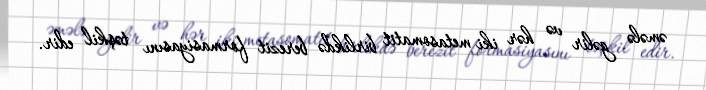
əmələ gəlir və hər iki metasomatit birlikdə berezit formasiyasını təşkil edir.